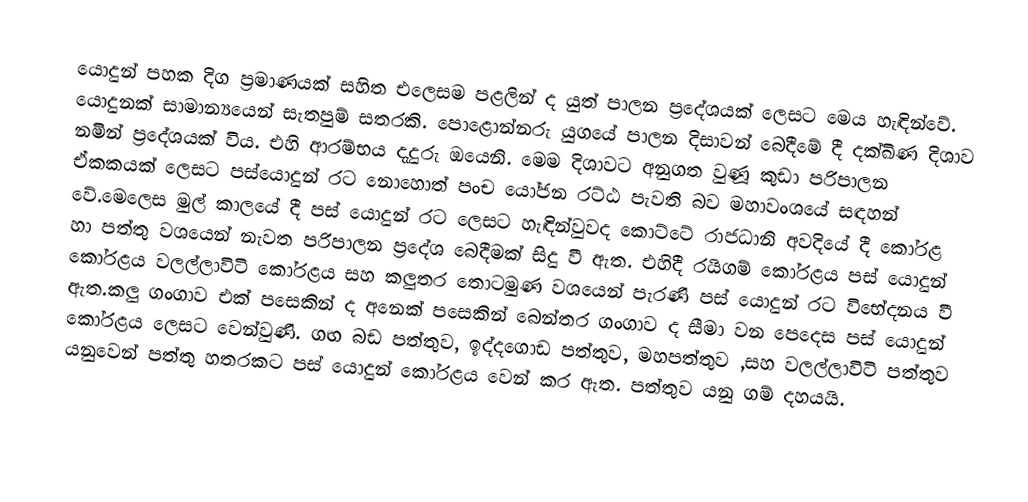
යොදුන් පහක දිග ප්‍රමාණයක් සහිත එලෙසම පළලින් ද යුත් පාලන ප්‍රදේශයක් ලෙසට මෙය හැඳින්වේ. යොදුනක් සාමාන්‍යයෙන් සැතපුම් සතරකි. පොළොන්නරු යුගයේ පාලන දිසාවන් බෙදීමේ දී දක්ඛිණ දිශාව නමින් ප්‍රදේශයක් විය. එහි ආරම්භය දැදුරු ඔයෙනි. මෙම දිශාවට අනුගත වුණූ කුඩා පරිපාලන ඒකකයක් ලෙසට පස්යොදුන් රට නොහොත් පංච යෝජන රට්ඨ පැවති බව මහාවංශයේ සඳහන් වේ.මෙලෙස මුල් කාලයේ දී පස් යොදුන් රට ලෙසට හැඳින්වුවද කොට්ටේ රාජධානි අවදියේ දී කෝරළ හා පත්තු වශයෙන් නැවත පරිපාලන ප්‍රදේශ බෙදීමක් සිදු වී ඇත. එහිදී රයිගම් කෝරළය පස් යොදුන් කෝරළය වලල්ලාවිටි කෝරළය සහ කලුතර තොටමුණ වශයෙන් පැරණි පස් යොදුන් රට විභේදනය වී ඇත.කලු ගංගාව එක් පසෙකින් ද අනෙක් පසෙකින් බෙන්තර ගංගාව ද සීමා වන පෙදෙස පස් යොදුන් කෝරළය ලෙසට වෙන්වුණි. ගඟ බඩ පත්තුව, ඉද්දගොඩ පත්තුව, මහපත්තුව ,සහ වලල්ලාවිටි පත්තුව යනුවෙන් පත්තු හතරකට පස් යොදුන් කෝරළය වෙන් කර ඇත. පත්තුව යනු ගම් දහයයි.